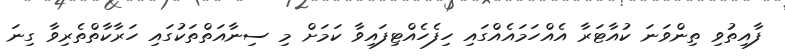
ފާއިތުވި ތިންވަނަ ކުއާޓަރާ އެއްހަމައެއްގައި ހިފެހެއްޓިފައިވާ ކަމަށް މި ސިނާއަތްތަކުގައި ހަރާކާތްތެރިވާ ގިނަ